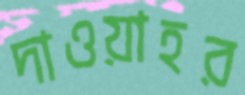
দাওয়াহর